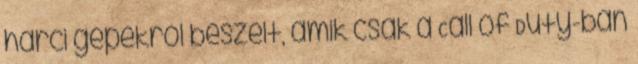
harci gépekről beszélt, amik csak a Call of Duty-ban